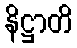
နိဋ္ဌာတိ